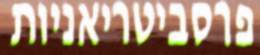
פרסביטריאניות